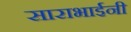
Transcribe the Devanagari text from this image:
साराभाईनी